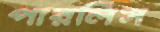
পারলিস